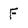
Character: F